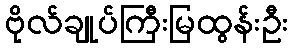
ဗိုလ်ချုပ်ကြီးမြထွန်းဦး